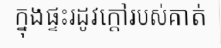
ក្នុងផ្ទះរដូវក្តៅរបស់គាត់